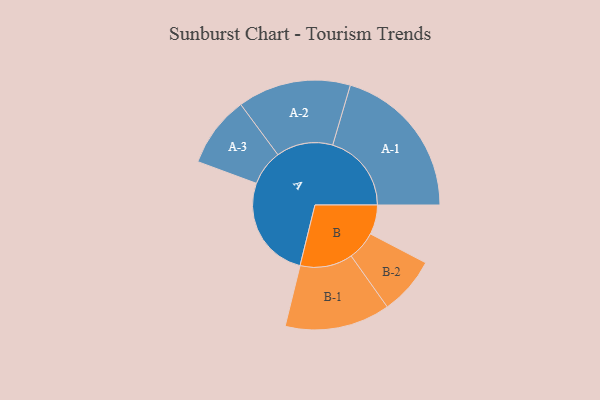
{"axis": {"x": "Segment", "y": "Value"}, "legend": ["", "A", "B"], "data": [{"x": "A", "y": 392, "type": ""}, {"x": "B", "y": 112, "type": ""}, {"x": "A-1", "y": 299, "type": "A"}, {"x": "A-2", "y": 215, "type": "A"}, {"x": "A-3", "y": 135, "type": "A"}, {"x": "B-1", "y": 200, "type": "B"}, {"x": "B-2", "y": 110, "type": "B"}]}